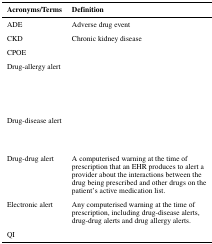
<table><thead><tr><td><b>Acronyms/Terms</b></td><td><b>Definition</b></td></tr></thead><tbody><tr><td>ADE</td><td>Adverse drug event</td></tr><tr><td>CKD</td><td>Chronic kidney disease</td></tr><tr><td>CPOE</td><td>[EMPTY_CELL]</td></tr><tr><td>Drug-allergy alert</td><td>[EMPTY_CELL]</td></tr><tr><td>Drug-disease alert</td><td>[EMPTY_CELL]</td></tr><tr><td>Drug-drug alert</td><td>A computerised warning at the time of prescription that an EHR produces to alert a provider about the interactions between the drug being prescribed and other drugs on the patient’s active medication list.</td></tr><tr><td>Electronic alert</td><td>Any computerised warning at the time of prescription, including drug-disease alerts, drug-drug alerts and drug allergy alerts.</td></tr><tr><td>QI</td><td>[EMPTY_CELL]</td></tr></tbody></table>